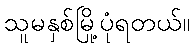
သူမနှစ်မြို့ပုံရတယ်။